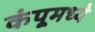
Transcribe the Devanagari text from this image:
कंपूमध्ये